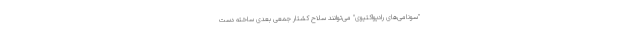
"سونامی‌های رادیواکتیوی" می‌توانند سلاح کشتار جمعی بعدی ساخته دست